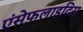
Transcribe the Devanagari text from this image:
एंसेफ़लाइटिस